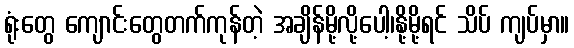
ရုံးတွေ ကျောင်းတွေတက်ကုန်တဲ့ အချိန်မို့လို့ပေါ့၊နို့မို့ရင် သိပ် ကျပ်မှာ။